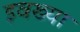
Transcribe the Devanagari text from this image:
इवख्या